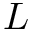
L